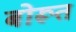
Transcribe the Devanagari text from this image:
बोरूत